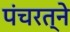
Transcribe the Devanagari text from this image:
पंचरत्‍ने